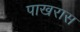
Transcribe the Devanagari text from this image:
पाखरास